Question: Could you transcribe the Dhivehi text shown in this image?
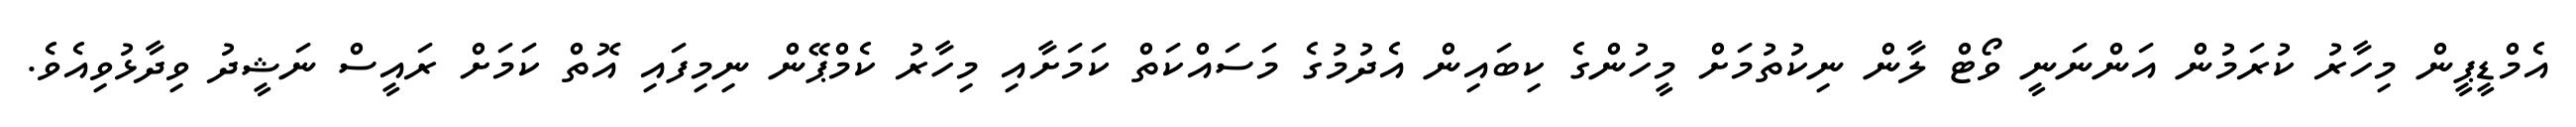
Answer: އެމްޑީޕީން މިހާރު ކުރަމުން އަންނަނީ ވޯޓް ލާން ނިކުތުމަށް މީހުންގެ ކިބައިން އެދުމުގެ މަސައްކަތް ކަމަށާއި މިހާރު ކެމްޕޭން ނިމިފައި އޮތް ކަމަށް ރައީސް ނަޝީދު ވިދާޅުވިއެވެ.